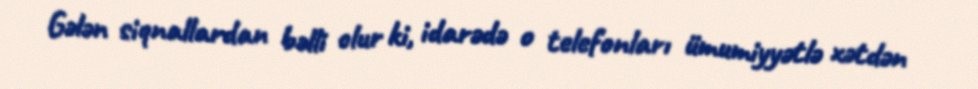
Gələn siqnallardan bəlli olur ki, idarədə o telefonları ümumiyyətlə xətdən